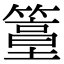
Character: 𥴀